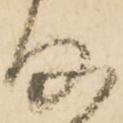
た